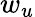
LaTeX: w_{u}